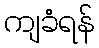
ကျခံရန်